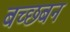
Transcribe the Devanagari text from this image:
बच्छबन